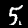
Label: 5